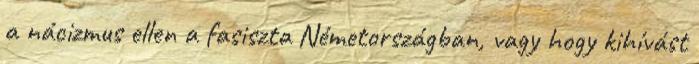
a nácizmus ellen a fasiszta Németországban, vagy hogy kihívást